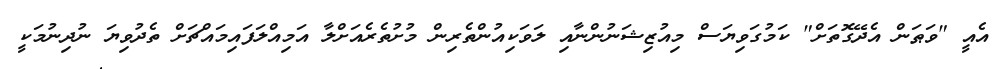
އެއީ "ވަޠަން އެދޭގޮތަށް" ކަމުގަވިޔަސް މިއުޒިޝަނުންނާއި ލަވަކިއުންތެރިން މުށުތެރެއަށްލާ އަމިއްލަފައިމައްޗަށް ތެދުވިޔަ ނުދިނުމަކީ